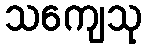
သကျေသု